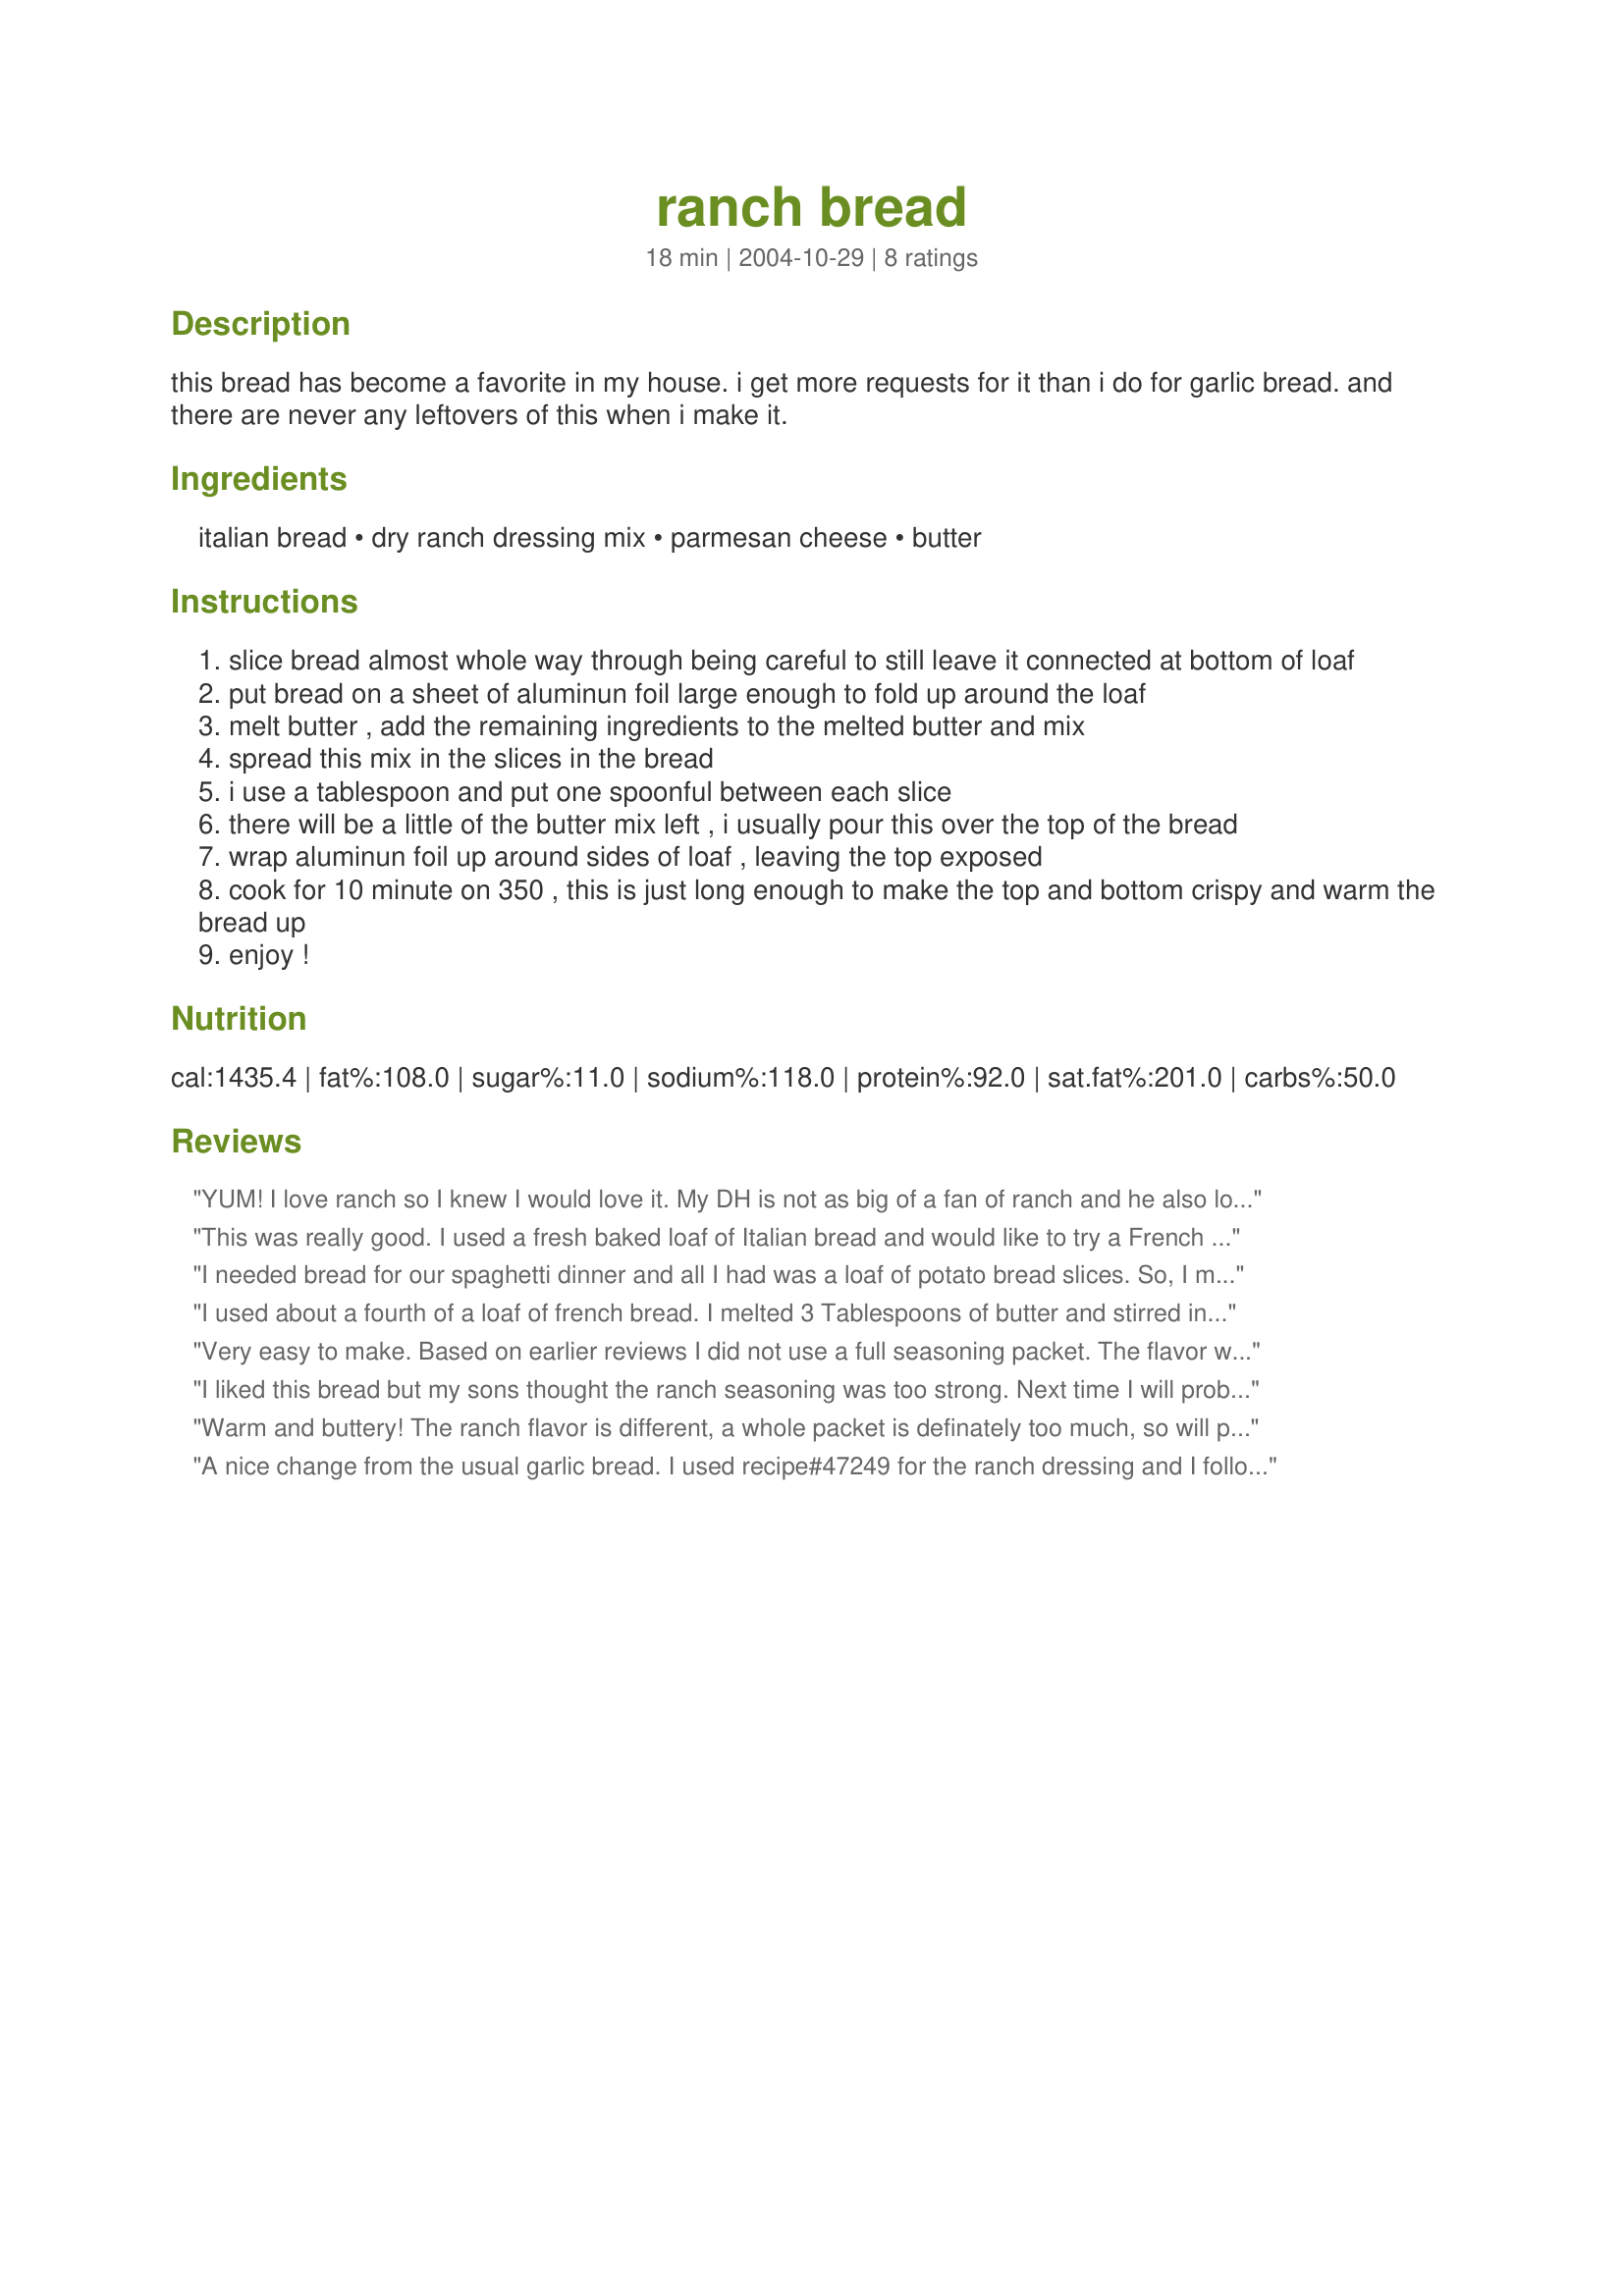
ranch bread
Preparation time: 18 minutes

this bread has become a favorite in my house. i get more requests for it than i do for garlic bread. and there are never any leftovers of this when i make it.

Ingredients:
italian bread, dry ranch dressing mix, parmesan cheese, butter

Steps:
slice bread almost whole way through being careful to still leave it connected at bottom of loaf
put bread on a sheet of aluminun foil large enough to fold up around the loaf
melt butter , add the remaining ingredients to the melted butter and mix
spread this mix in the slices in the bread
i use a tablespoon and put one spoonful between each slice
there will be a little of the butter mix left , i usually pour this over the top of the bread
wrap aluminun foil up around sides of loaf , leaving the top exposed
cook for 10 minute on 350 , this is just long enough to make the top and bottom crispy and warm the bread up
enjoy !

Reviews:
YUM! I love ranch so I knew I would love it. My DH is not as big of a fan of ranch and he also loved this. I spread it on some sourdough bread that was going stale and baked it in the oven open face style and it was very good. Crispy and flavorful! Also, I kept the leftover butter in the fridge and used it later, keeps very well.
This was really good. I used a fresh baked loaf of Italian bread and would like to try a French loaf next time. But the amount of butter mixture was not enough to cover both sides of the loaf. So I would definitely double the amount of butter and probably reduce the amount of the dry Ranch mix (as it was a bit over-powering). Thanks for sharing your recipe, Lorealle.
I needed bread for our spaghetti dinner and all I had was a loaf of potato bread slices. So, I made ranch toast! I used half the ranch packet as suggested by others. I just layed them flat on a large baking pan and broiled the tops for a few minutes. Everyone thought they were awesome! I will definately make again with a french loaf, but I would do it this way again as well. Thanks!
I used about a fourth of a loaf of french bread. I melted 3 Tablespoons of butter and stirred in a heaping teaspoon of ranch powder mix and maybe a fourth of a cup of parmesan. I sliced the bread and laid it out on a cookie sheet. I baked it until crisp. It was a delicious addition to our meal. Thank you for sharing your recipe Lorealle.
Very easy to make. Based on earlier reviews I did not use a full seasoning packet. The flavor was wonderful. After cutting the loaf I slipped the slices of bread under the broiler for a few minutes on each side. The end result was a crisp, crunchy, tasty bread. We will definitely be using this recipe again. Thanks for posting! Mad for PAC-O, Fall 2009
I liked this bread but my sons thought the ranch seasoning was too strong. Next time I will probably use just 1/2 packet.
Warm and buttery! The ranch flavor is different, a whole packet is definately too much, so will probably cut it down when I make it again!
A nice change from the usual garlic bread. I used recipe#47249 for the ranch dressing and I followed everything else exactly. I used a wooden spoon on one side on the bread to prevent it from being cut right through. Thanks for posting!
